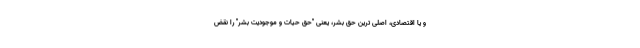
و یا اقتصادی، اصلی ترین حق بشر، یعنی "حق حیات و موجودیت بشر" را نقض